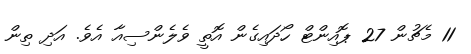
11 މެޗުން 27 ޕޮއިންޓް ހޯދައިގެން އޮތީ ވެލެންސިއާ އެވެ. އަދި ތިން